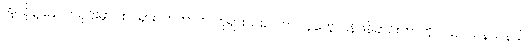
အဲ့လိုနဲ့ နောက်ပိုင်းမှာ ထင်ရှားလာတာက ဘုရားသခင်ဟာ လူတွေ ပြန်ဖန်ဆင်းတာကို ပယ်ပယ်နယ်နယ်